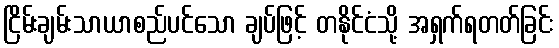
ငြိမ်းချမ်းသာယာစည်ပင်သော ချပ်ဖြင့် တနိုင်ငံသို့ အရှက်ရတတ်ခြင်း